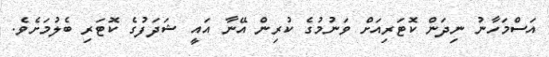
އަސްމަހާނު ނިދަން ކޮޓަރިއަށް ވަނުމުގެ ކުރިން އޭނާ އައީ ޝަދަފުގެ ކޮޓަރި ބެލުމަށެވެ.